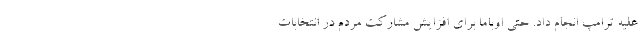
علیه ترامپ انجام داد. حتی اوباما برای افزایش مشارکت مردم در انتخابات